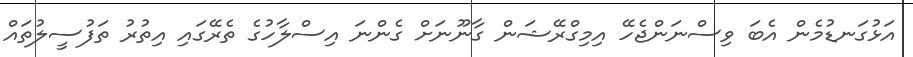
އަޅުގަނޑުމެން އެބަ ވިސްނަންޖެހޭ އިމިގްރޭޝަން ގާނޫނަށް ގެންނަ އިސްލާހުގެ ތެރޭގައި އިތުރު ތަފުސީލުތައް